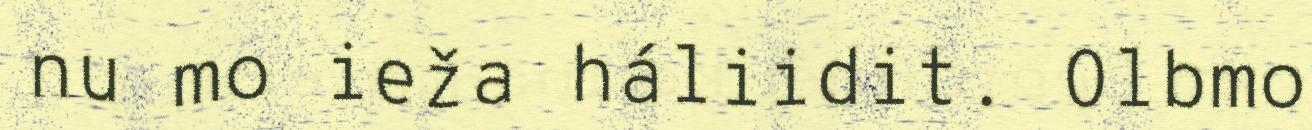
nu mo ieža háliidit. Olbmo